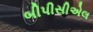
બીપીસીએલ